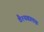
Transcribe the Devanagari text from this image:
वैश्यबालक